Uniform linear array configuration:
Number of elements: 16
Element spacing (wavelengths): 1
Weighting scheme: binomial
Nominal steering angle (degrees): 0
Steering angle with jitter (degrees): -0.9899
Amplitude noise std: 0.05
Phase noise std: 0.05

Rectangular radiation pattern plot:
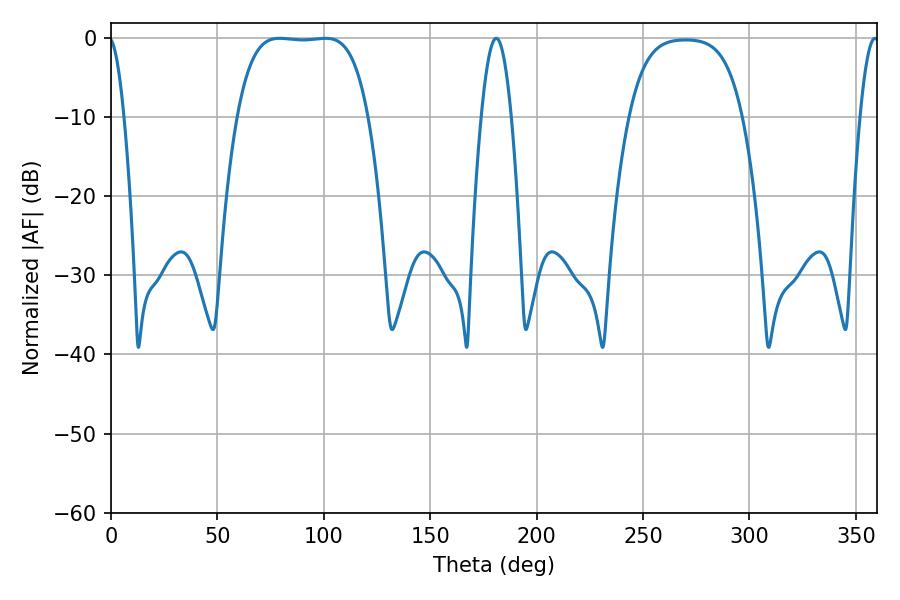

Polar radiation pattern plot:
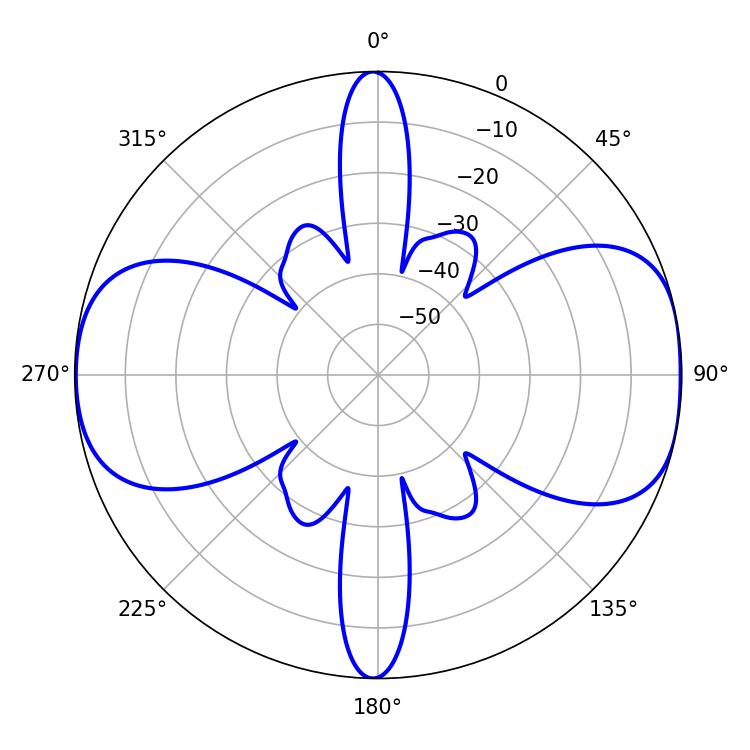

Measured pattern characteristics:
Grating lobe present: TRUE
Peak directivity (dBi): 10.14
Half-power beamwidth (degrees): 47.52
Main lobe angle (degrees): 79.2